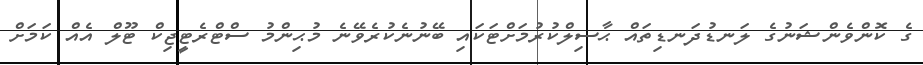
ގެ ކޮންވެންޝަނުގެ ލަނޑުދަނޑިތައް ޙާސިލްކުރުމަށްޓަކައި ބޭނުނެކުރެވޭނެ މުޙިންމު ސްޓްރެޓީޖިކް ޓޫލް އެއް ކަމަށް